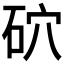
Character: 𥑫